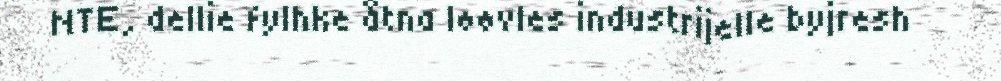
NTE, dellie fylhke åtna løøvles industrijelle byjresh